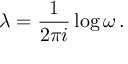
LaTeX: \lambda = \frac { 1 } { 2 \pi i } \log { \omega } \, .